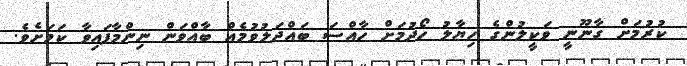
ކުރުމަށް ގާނޫނީ ވަކީލުންގެ ހިޔާލު ހޯދުމަށް ހާއްސަ ބައްދަލުވުމެއް ބާއްވަން ނިންމާފައިވާ ކަމަށެވެ.